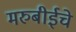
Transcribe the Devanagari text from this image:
मरुबीईचे